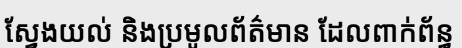
ស្វែងយល់ និងប្រមូលព័ត៌មាន ដែលពាក់ព័ន្ធ